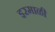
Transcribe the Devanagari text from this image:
इरमाळी